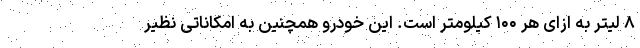
۸ لیتر به ازای هر ۱۰۰ کیلومتر است. این خودرو همچنین به امکاناتی نظیر